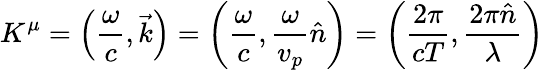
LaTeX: K^{\mu}=\left({\frac{\omega}{c}},{\vec{k}}\right)=\left({\frac{\omega}{c}},{\frac{\omega}{v_{p}}}{\hat{n}}\right)=\left({\frac{2\pi}{cT}},{\frac{2\pi{\hat{n}}}{\lambda}}\right)